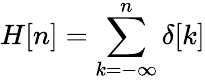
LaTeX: H[n]=\sum_{k=-\infty}^{n}\delta[k]